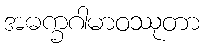
အဓက္ခဂါမာဝဿုတာ